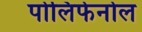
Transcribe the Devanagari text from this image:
पोलिफेनोल